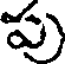
పు